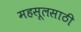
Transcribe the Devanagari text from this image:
महसूलसाठी